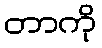
တာကို